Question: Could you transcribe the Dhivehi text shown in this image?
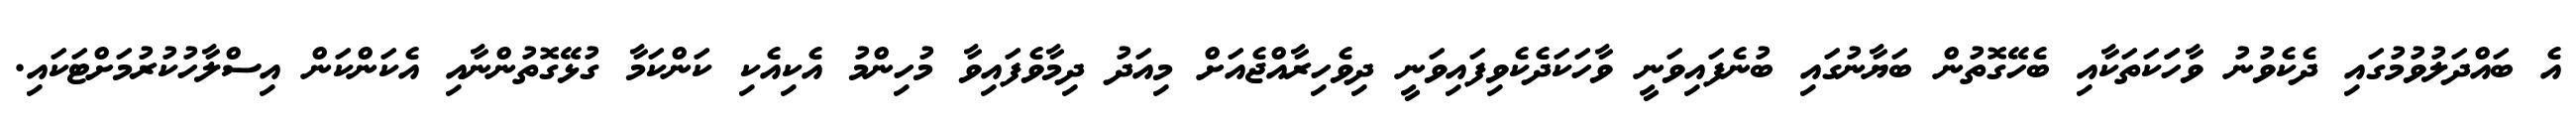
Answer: އެ ބައްދަލުވުމުގައި ދެކެވުނު ވާހަަކަތަކާއި ބެހޭގޮތުން ބަޔާނުގައި ބުނެފައިވަނީ ވާހަކަދެކެވިފައިވަނީ ދިވެހިރާއްޖެއަށް މިއަދު ދިމާވެފައިވާ މުހިންމު އެކިއެކި ކަންކަމާ ގުޅޭގޮތުންނާއި އެކަންކަން އިސްލާހުކުރުމަށްޓަކައި.